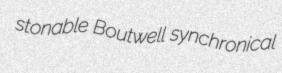
stonable Boutwell synchronical